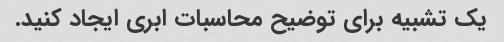
یک تشبیه برای توضیح محاسبات ابری ایجاد کنید.